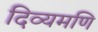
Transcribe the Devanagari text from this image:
दिव्यमणि